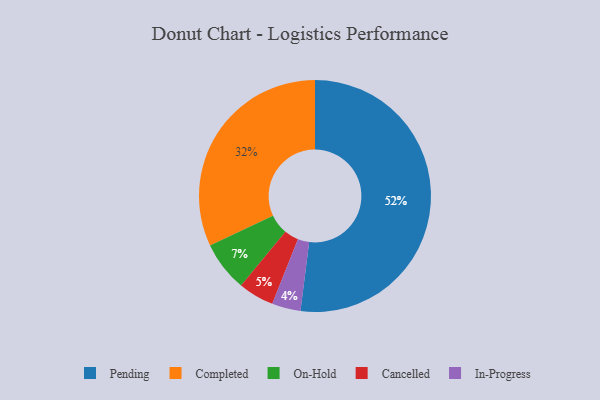
{"axis": {"x": "Category", "y": "Percentage"}, "legend": ["Cancelled", "Completed", "In-Progress", "On-Hold", "Pending"], "data": [{"x": "On-Hold", "y": 7, "type": "On-Hold"}, {"x": "Completed", "y": 32, "type": "Completed"}, {"x": "Pending", "y": 52, "type": "Pending"}, {"x": "Cancelled", "y": 5, "type": "Cancelled"}, {"x": "In-Progress", "y": 4, "type": "In-Progress"}]}